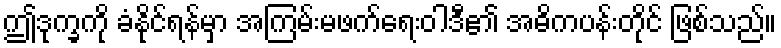
ဤဒုက္ခကို ခံနိုင်ရန်မှာ အကြမ်းမဖက်ရေးဝါဒီ၏ အဓိကပန်းတိုင် ဖြစ်သည်။